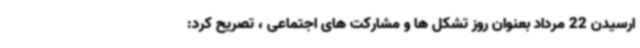
ارسیدن 22 مرداد بعنوان روز تشکل ها و مشارکت های اجتماعی ، تصریح کرد: